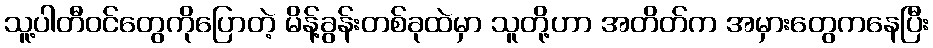
သူ့ပါတီဝင်တွေကိုပြောတဲ့ မိန့်ခွန်းတစ်ခုထဲမှာ သူတို့ဟာ အတိတ်က အမှားတွေကနေပြီး